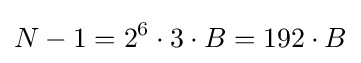
N-1=2^{6}\cdot 3\cdot B=192\cdot B